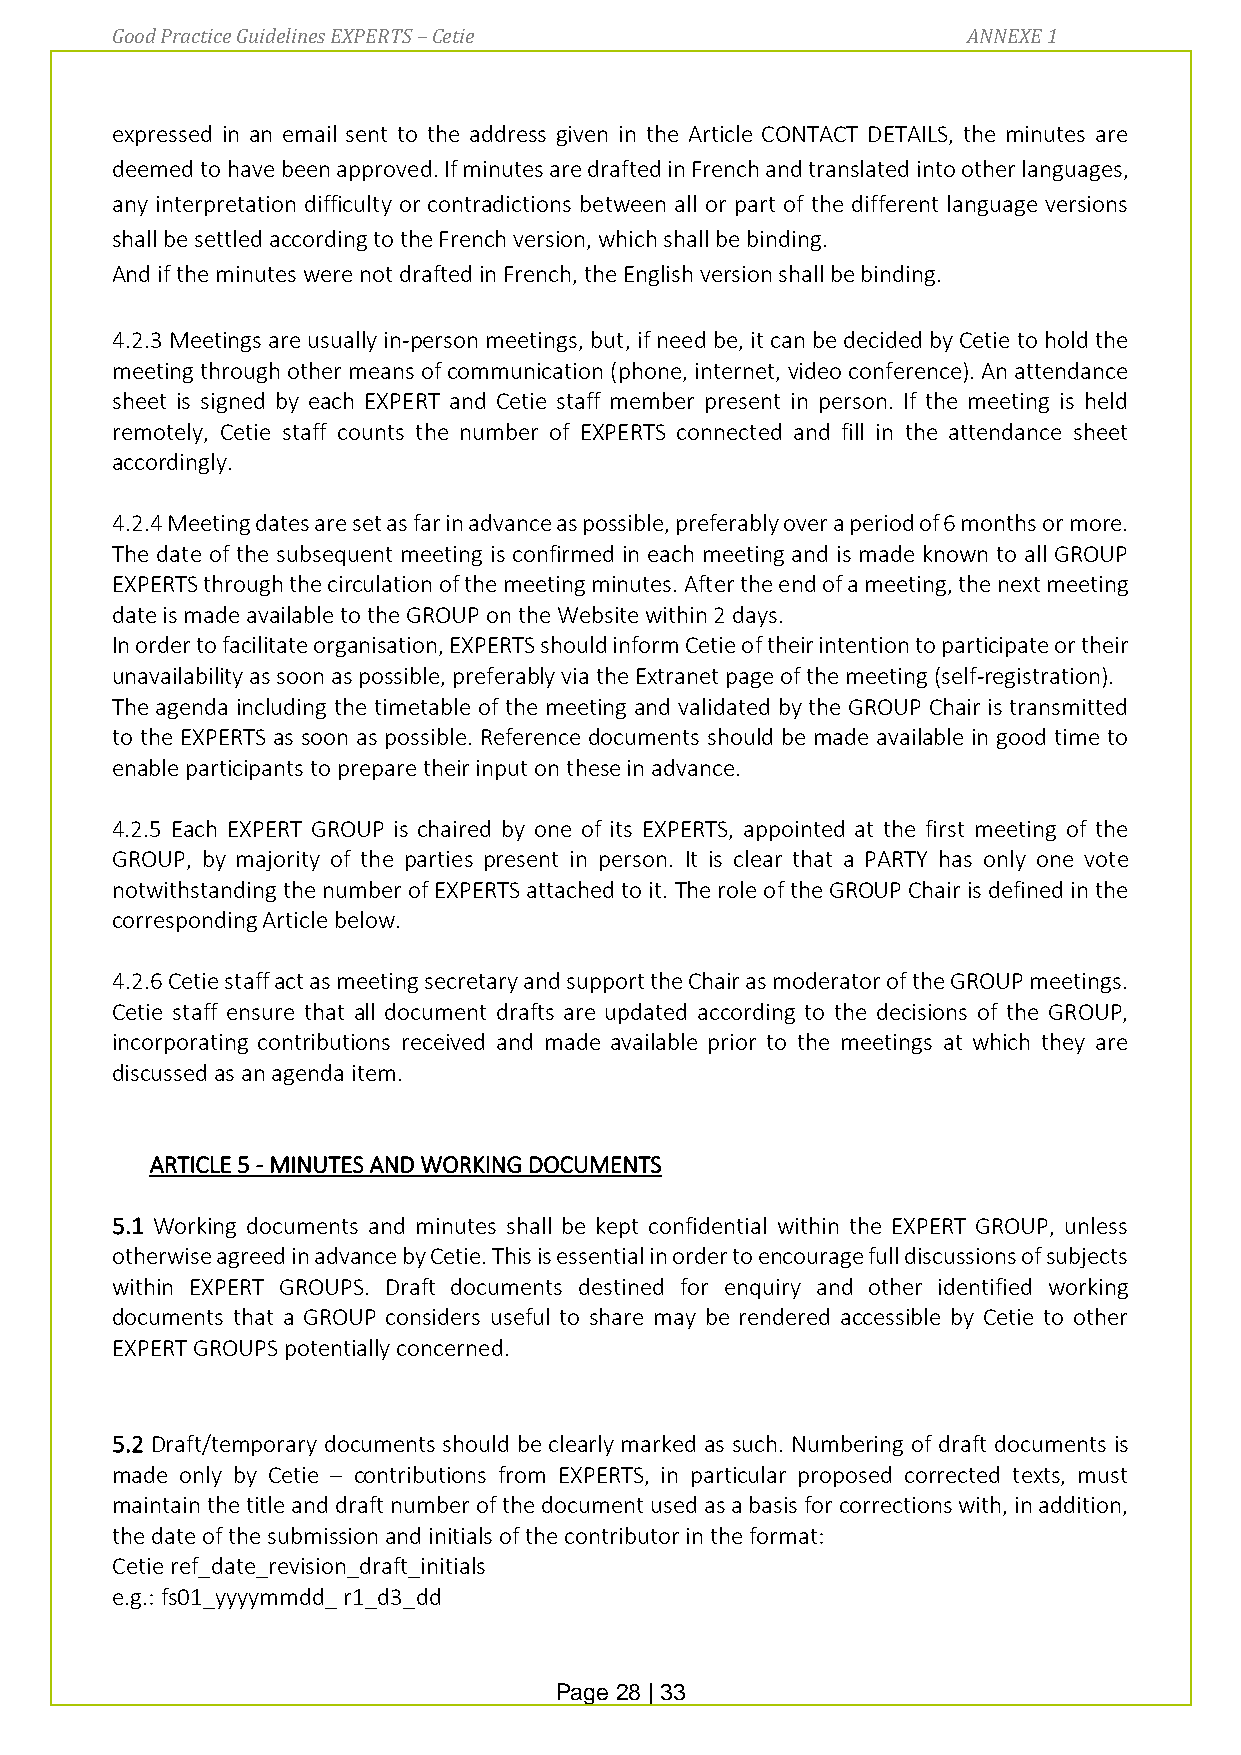
Good Practice Guidelines EXPERTS – Cetie                 ANNEXE 1
 expressed in an email sent to the address given in the Article CONTACT DETAILS, the minutes are
 deemed to have been approved. If minutes are drafted in French and translated into other languages,
 any interpretation difficulty or contradictions between all or part of the different language versions
 shall be settled according to the French version, which shall be binding.
 And if the minutes were not drafted in French, the English version shall be binding.
 4.2.3 Meetings are usually in-person meetings, but, if need be, it can be decided by Cetie to hold the
 meeting through other means of communication (phone, internet, video conference). An attendance
 sheet is signed by each EXPERT and Cetie staff member present in person. If the meeting is held
 remotely, Cetie staff counts the number of EXPERTS connected and fill in the attendance sheet
 accordingly.
 4.2.4 Meeting dates are set as far in advance as possible, preferably over a period of 6 months or more.
 The date of the subsequent meeting is confirmed in each meeting and is made known to all GROUP
 EXPERTS through the circulation of the meeting minutes. After the end of a meeting, the next meeting
 date is made available to the GROUP on the Website within 2 days.
 In order to facilitate organisation, EXPERTS should inform Cetie of their intention to participate or their
 unavailability as soon as possible, preferably via the Extranet page of the meeting (self-registration).
 The agenda including the timetable of the meeting and validated by the GROUP Chair is transmitted
 to the EXPERTS as soon as possible. Reference documents should be made available in good time to
 enable participants to prepare their input on these in advance.
 4.2.5 Each EXPERT GROUP is chaired by one of its EXPERTS, appointed at the first meeting of the
 GROUP, by majority of the parties present in person. It is clear that a PARTY has only one vote
 notwithstanding the number of EXPERTS attached to it. The role of the GROUP Chair is defined in the
 corresponding Article below.
 4.2.6 Cetie staff act as meeting secretary and support the Chair as moderator of the GROUP meetings.
 Cetie staff ensure that all document drafts are updated according to the decisions of the GROUP,
 incorporating contributions received and made available prior to the meetings at which they are
 discussed as an agenda item.
 ARTICLE 5 - MINUTES AND WORKING DOCUMENTS
 5.1 Working documents and minutes shall be kept confidential within the EXPERT GROUP, unless
 otherwise agreed in advance by Cetie. This is essential in order to encourage full discussions of subjects
 within EXPERT GROUPS. Draft documents destined for enquiry and other identified working
 documents that a GROUP considers useful to share may be rendered accessible by Cetie to other
 EXPERT GROUPS potentially concerned.
 5.2 Draft/temporary documents should be clearly marked as such. Numbering of draft documents is
 made only by Cetie – contributions from EXPERTS, in particular proposed corrected texts, must
 maintain the title and draft number of the document used as a basis for corrections with, in addition,
 the date of the submission and initials of the contributor in the format:
 Cetie ref_date_revision_draft_initials
 e.g.: fs01_yyyymmdd_ r1_d3_dd
 Page 28 | 33